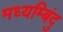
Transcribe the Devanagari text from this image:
मध्यम्बिंदु